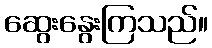
ဆွေးနွေးကြသည်။